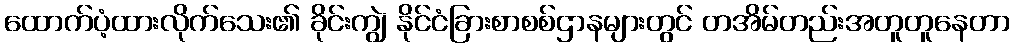
ထောက်ပံ့ထားလိုက်သေး၏ ခိုင်းကျွဲ နိုင်ငံခြားစာစစ်ဌာနများတွင် တအိမ်တည်းအတူတူနေတာ